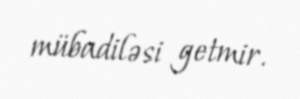
mübadiləsi getmir.